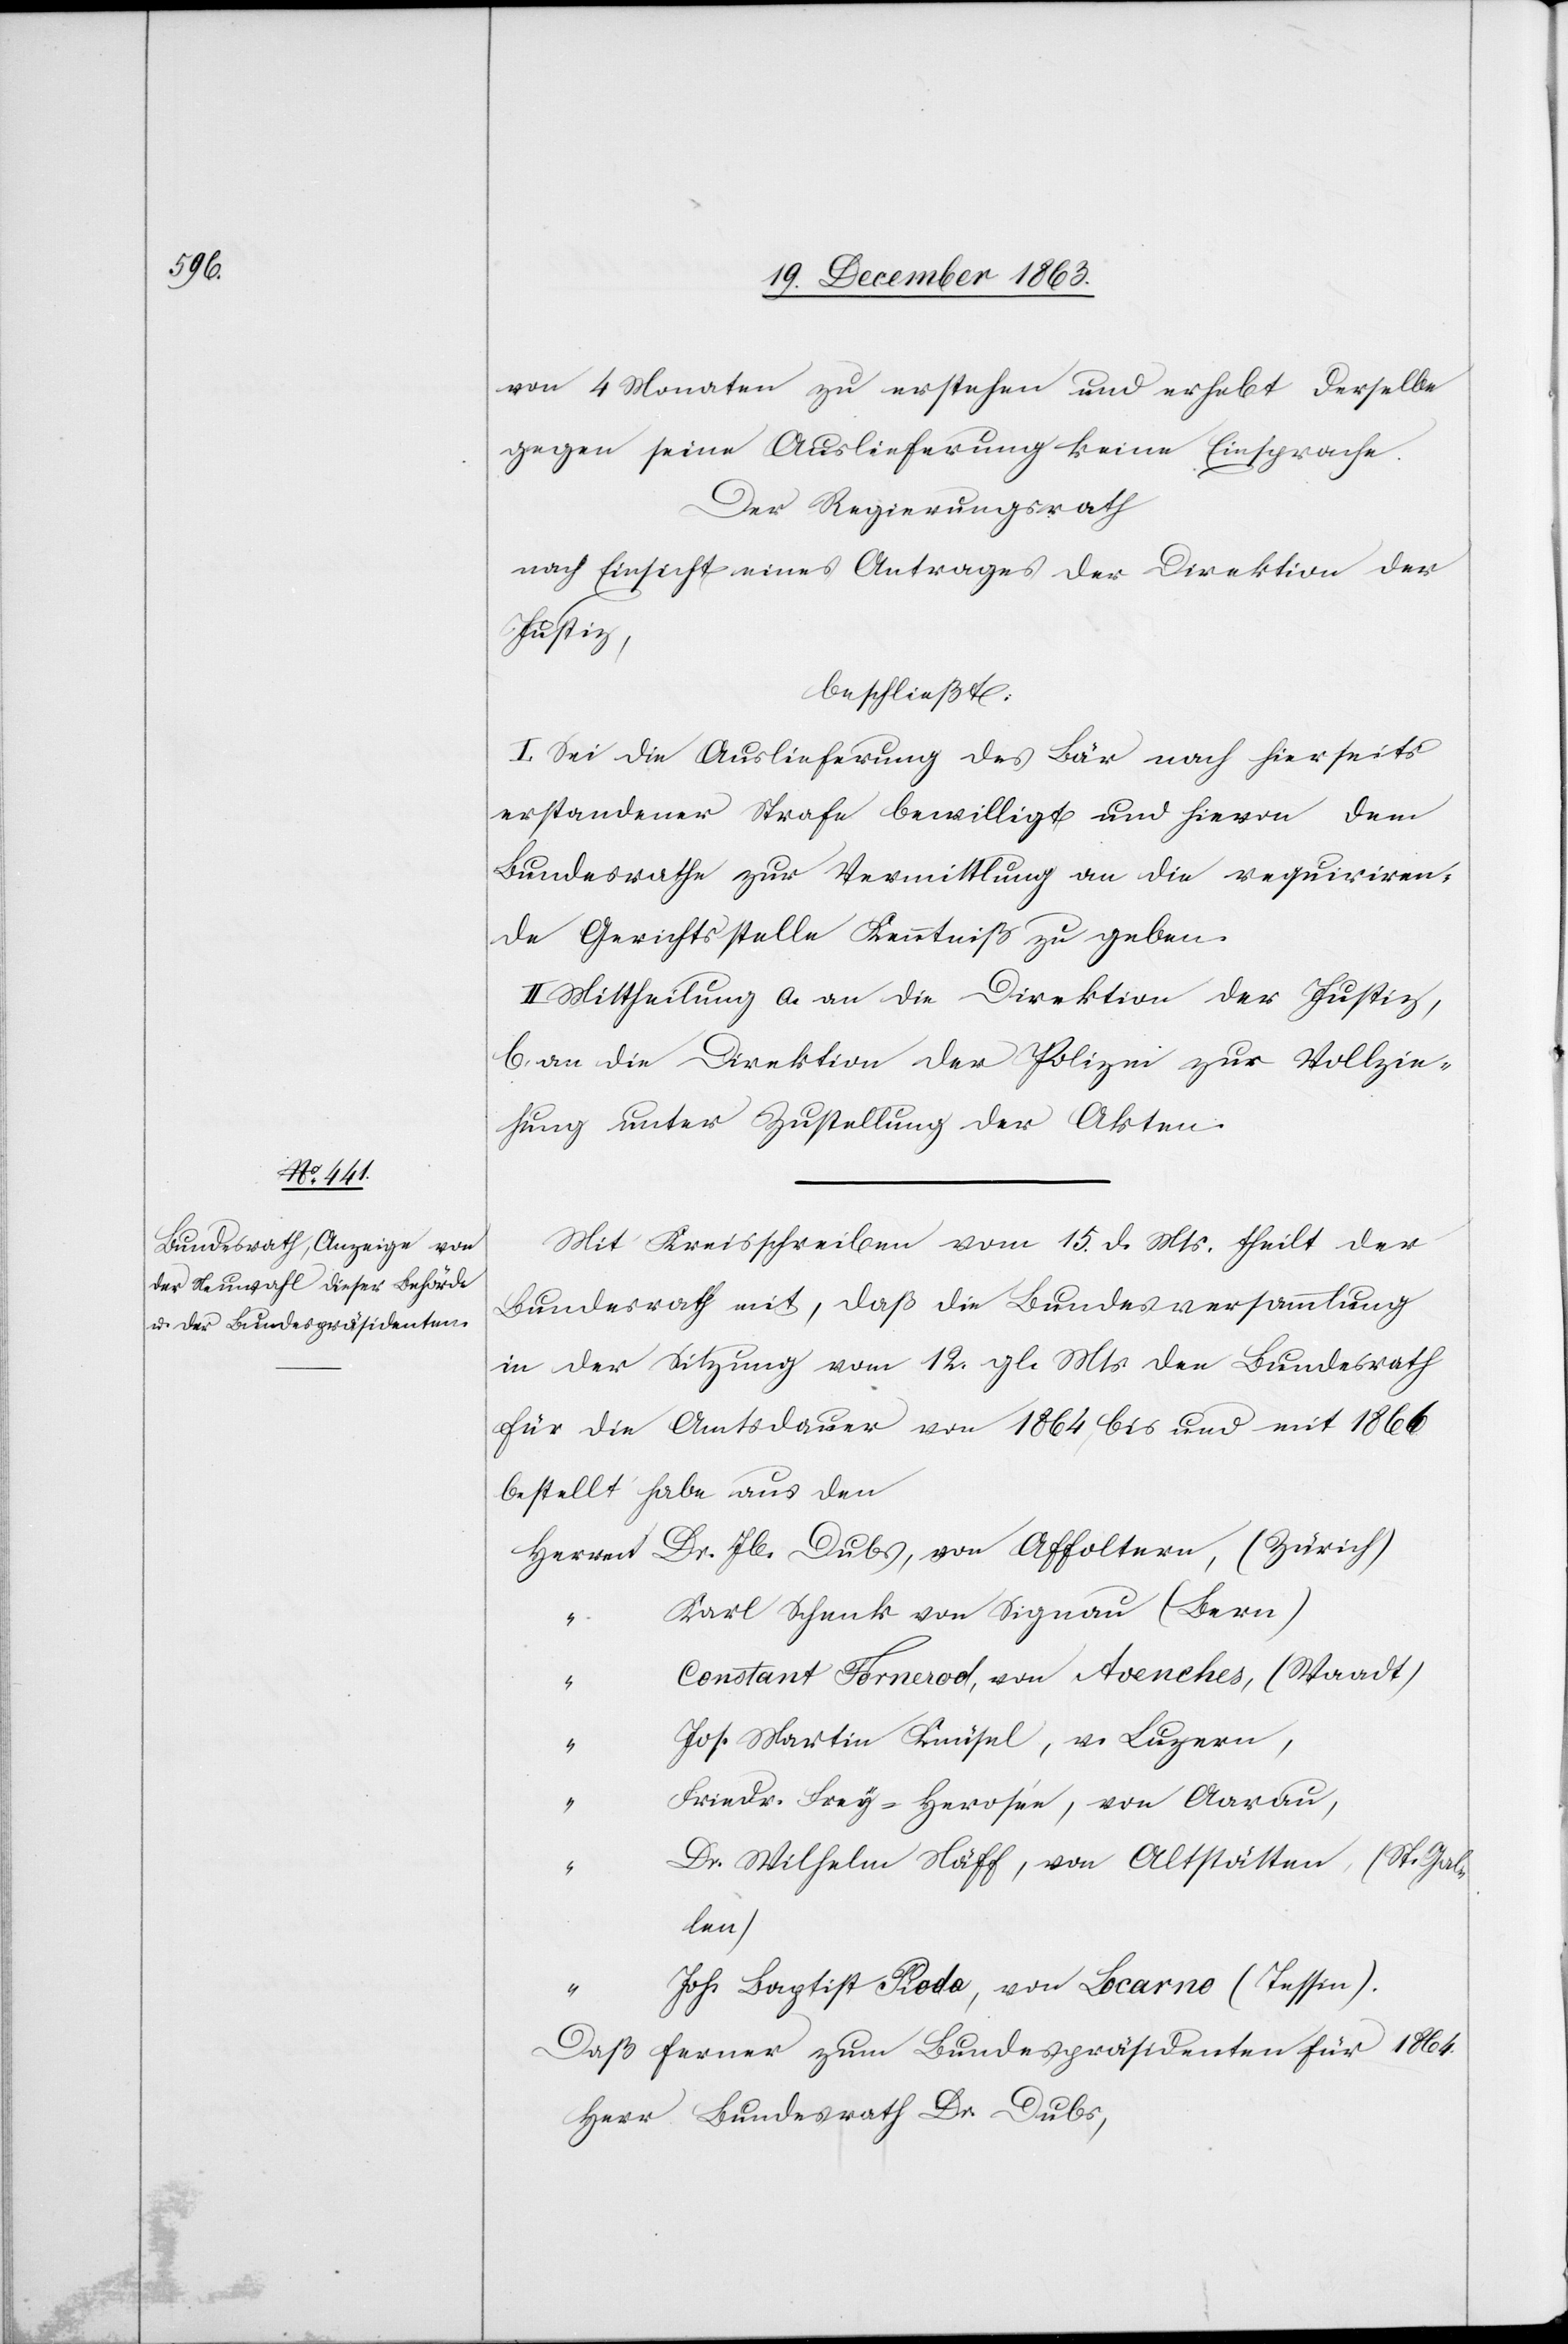
von 4 Monaten zu erstehen und erhebt derselbe
gegen seine Auslieferung keine Einsprache.
Der Regierungsrath
nach Einsicht eines Antrages der Direktion der
Justiz,
beschließt:
I. Sei die Auslieferung des Bär nach hierseits
erstandener Strafe bewilligt und hievon dem
Bundesrathe zur Vermittlung an die requiriren¬
de Gerichtsstelle Kenntniß zu geben.
II. Mittheilung a. an die Direktion der Justiz,
b. an die Direktion der Polizei zur Vollzie¬
hung unter Zustellung der Akten.
Mit Kreisschreiben vom 15. d. Mts. theilt der
Bundesrath mit, daß die Bundesversammlung
in der Sitzung vom 12. gl. Mts. den Bundesrath
für die Amtsdauer von 1864, bis und mit 1866
bestellt habe aus den
Herren Dr. Jb. Dubs, von Affoltern, (Zürich)
“	Karl Schenk von Signau (Bern)
“	Constant Fornerod, von Avenches, (Waadt)
“	Jos. Martin Knüsel, v. Luzern,
“	Friedr. Frey-Herosee, von Aarau
“	Dr. Wilhelm Näff, von Altstätten (St. Gal¬
len)
“	Joh. Baptist Pioda, von Locarno (Tessin)
Daß ferner zum Bundespräsidenten für 1864.
Herr Bundesrath Dr. Dubs,